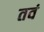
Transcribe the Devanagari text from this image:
तवं